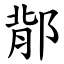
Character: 鄁